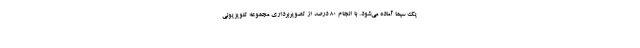
یک سیما آماده می‌شود. با انجام ۸۰ درصد از تصویربردارى مجموعه تلویزیونى